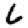
Digit: 6